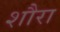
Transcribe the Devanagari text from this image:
शौरा